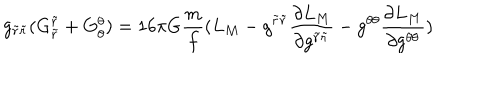
LaTeX: g _ { \tilde { r } \tilde { r } } ( G _ { \tilde { r } } ^ { \tilde { r } } + G _ { \theta } ^ { \theta } ) = 1 6 \pi G \frac { m } { f } ( L _ { M } - g ^ { \tilde { r } \tilde { r } } \frac { \partial L _ { M } } { \partial g ^ { \tilde { r } \tilde { r } } } - g ^ { \theta \theta } \frac { \partial L _ { M } } { \partial g ^ { \theta \theta } } )